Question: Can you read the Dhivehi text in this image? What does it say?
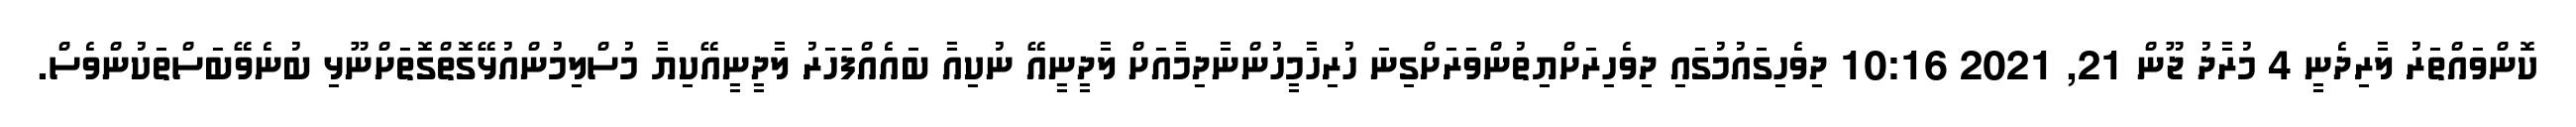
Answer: ކޮންވައްތަރު ލާރިދެނީ 4 މުރާދު ޖޫން 21, 2021 10:16 ދިވެހިގައުމުގައި ދިވެހިރަށްޔިތުންވަރަށްގިނަ ހުރިހާމީހުންނާދިމާއަށް ލާދީނީއޭ ނުކިއާ ބައެއްފަހަރު ލާދީނީއޭކިޔާ މުސްލިމުންއުޅޭގޮތްގޮތަށްނޫޅި ބުނެވޭބަސްތަކުންވެސް.